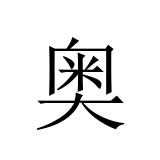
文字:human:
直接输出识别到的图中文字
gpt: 奥